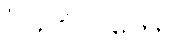
ဝိသဂိလိတော